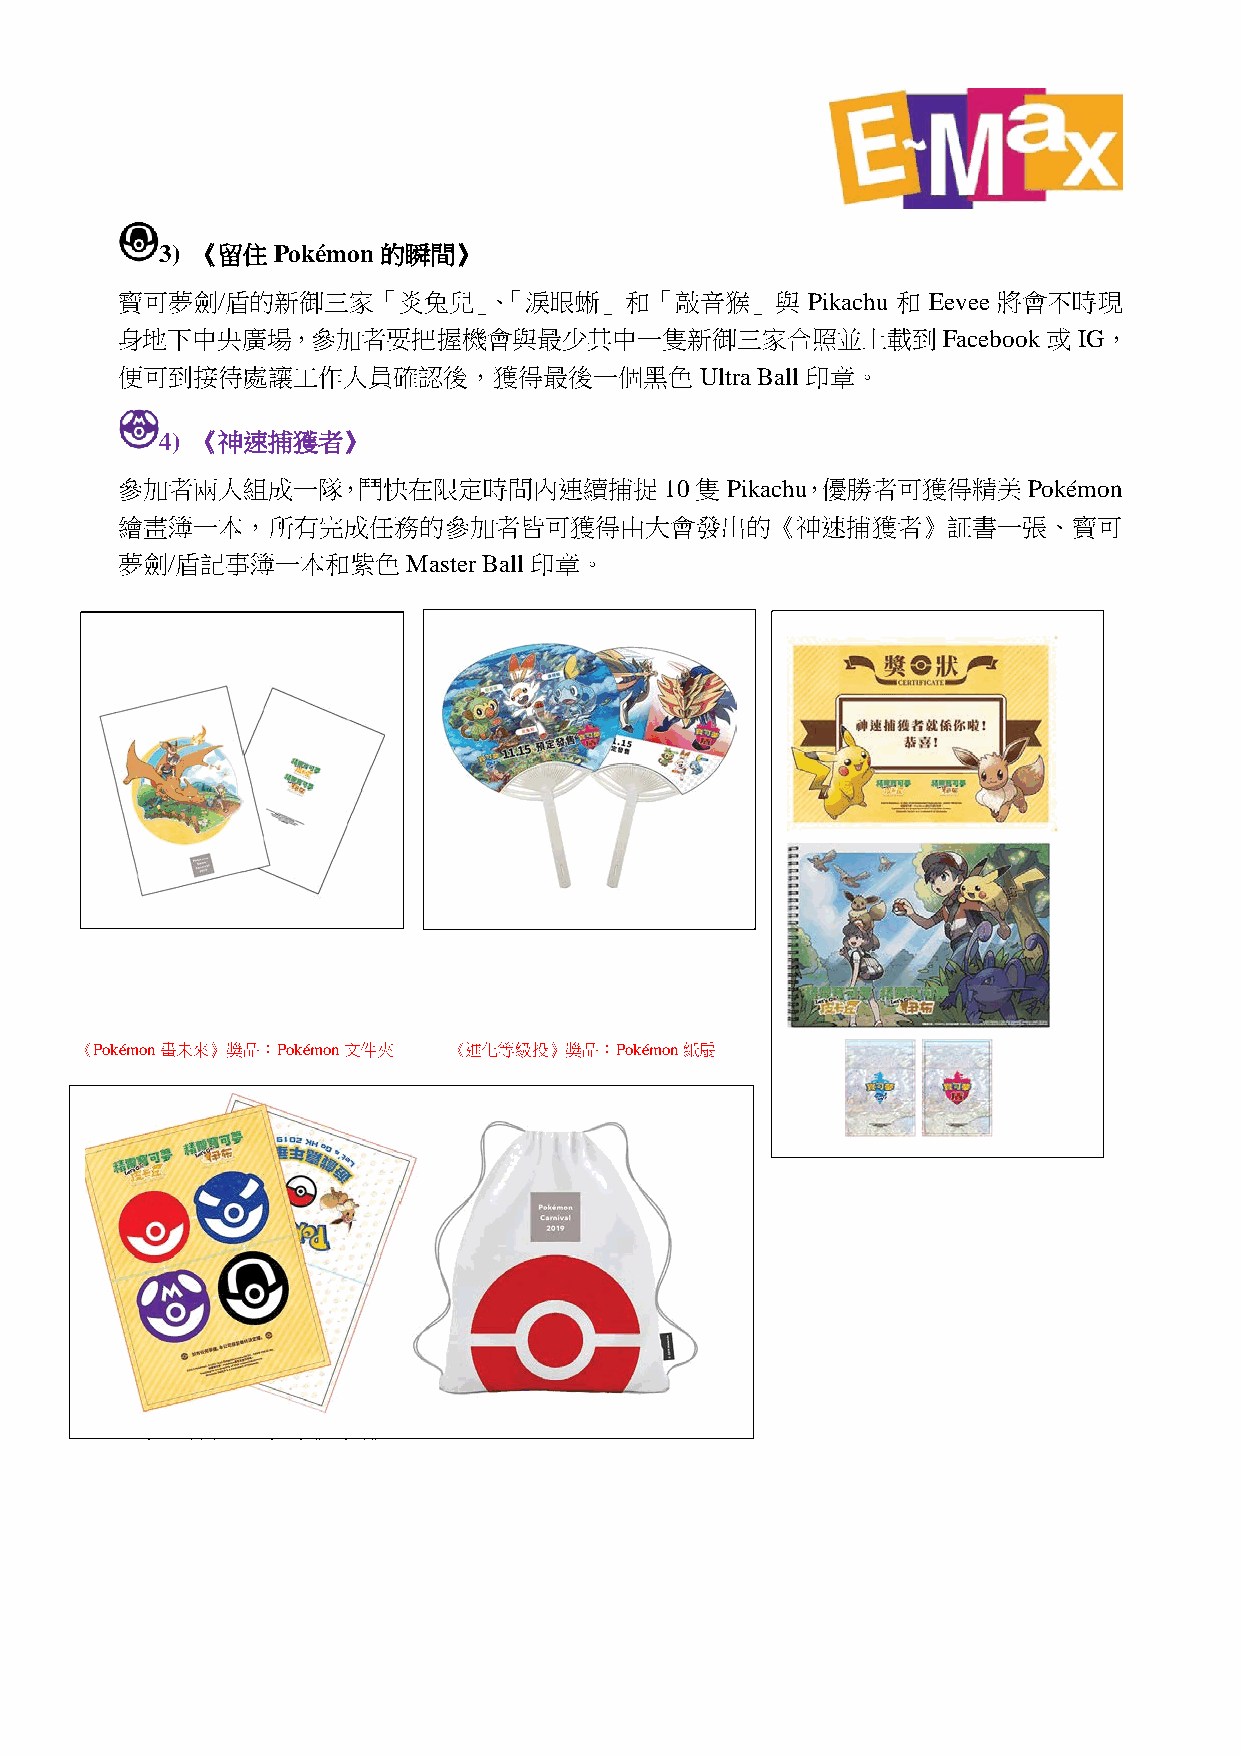
3) 《留住 Pokémon 的瞬間》
 寶可夢劍/盾的新御三家「炎兔兒」、「淚眼蜥」和「敲音猴」與                Pikachu 和 Eevee 將會不時現
 身地下中央廣場，參加者要把握機會與最少其中一隻新御三家合照並上載到Facebook或                     IG，
 便可到接待處讓工作人員確認後，獲得最後一個黑色Ultra              Ball 印章。
 4) 《神速捕獲者》
 參加者兩人組成一隊，鬥快在限定時間內連續捕捉10隻Pikachu，優勝者可獲得精美Pokémon
 繪畫簿一本，所有完成任務的參加者皆可獲得由大會發出的《神速捕獲者》証書一張、寶可
 夢劍/盾記事簿一本和紫色Master      Ball 印章。
 《Pok ém on畫未來》獎品：Pokémon文件夾 《進化等級投》獎品：Pokémon紙扇
 《精英訓練員挑戰大賽》